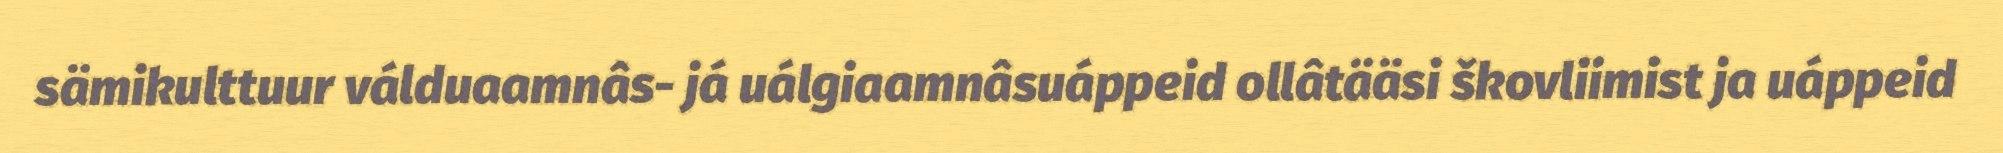
sämikulttuur válduaamnâs- já uálgiaamnâsuáppeid ollâtääsi škovliimist ja uáppeid